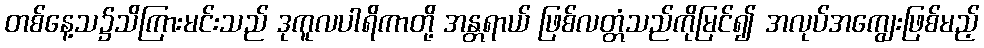
တစ်နေ့သ၌သိကြားမင်းသည် ဒုကူလပါရိကာတို့ အန္တရာယ် ဖြစ်လတ္တံသည်ကိုမြင်၍ အလုပ်အကျွေးဖြစ်မည့်